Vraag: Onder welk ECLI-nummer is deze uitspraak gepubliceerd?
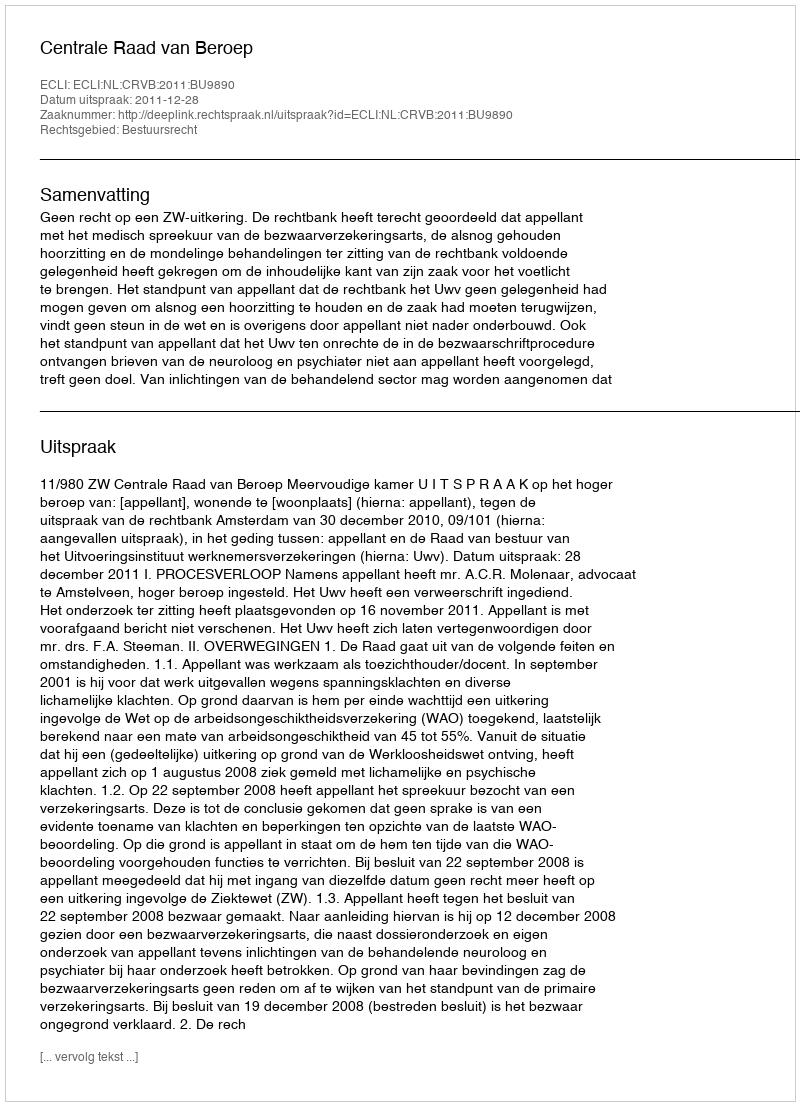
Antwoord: ECLI:NL:CRVB:2011:BU9890